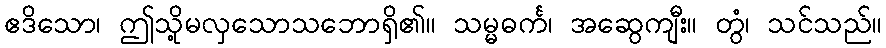
ဧဒိသော၊ ဤသို့မလှသောသဘောရှိ၏။ သမ္မဓင်္က၊ အဆွေကျီး။ တွံ၊ သင်သည်။